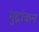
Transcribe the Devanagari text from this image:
मुद्रांकन